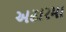
અઢારમા